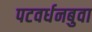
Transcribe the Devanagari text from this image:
पटवर्धनबुवा